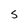
Character: S